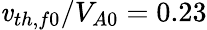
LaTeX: \mathit{v}_{th,f0}/V_{A0}=0.23